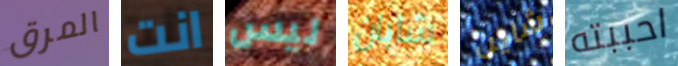
المرق انت ليس شابان شاين احببته